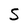
Character: S